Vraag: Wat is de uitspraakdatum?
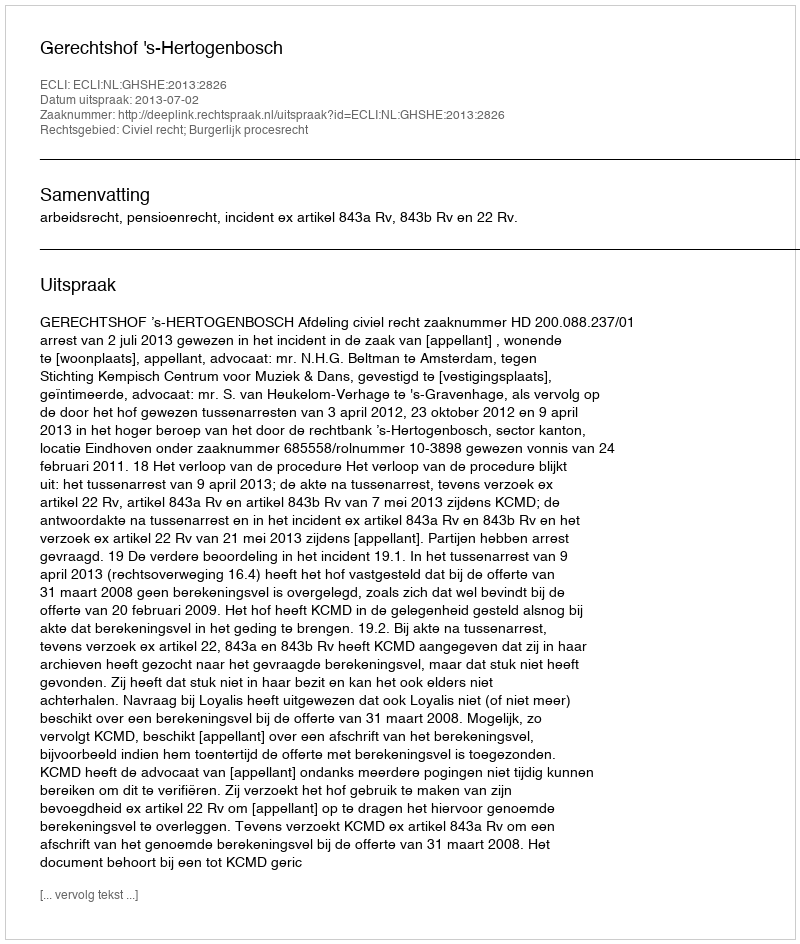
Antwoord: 2013-07-02